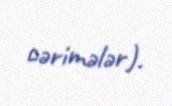
cərimələr).